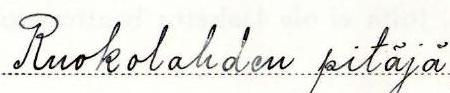
Ruokolahden pitäjä